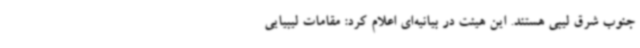
جنوب شرق لیبی هستند. این هیئت در بیانیه‌ای اعلام کرد: مقامات لیبیایی